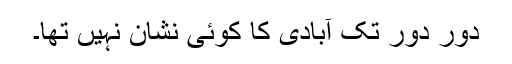
دُور دُور تک آبادی کا کوئی نشان نہیں تھا۔